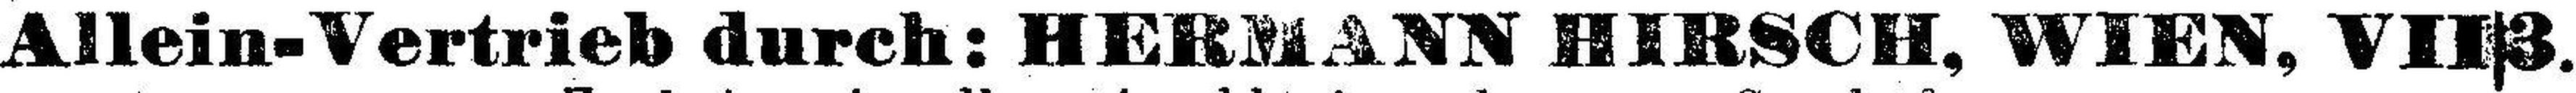
Allein-Vertrieb durch: HERMANN HIRSCH, WIEN, VII/3.